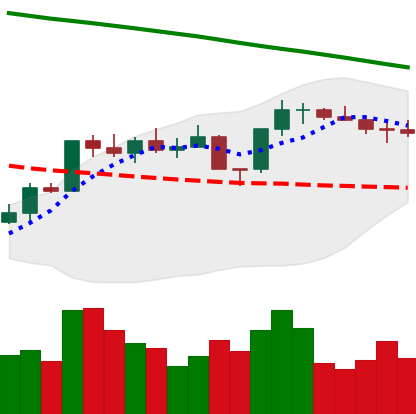
Ticker: ETH-USD
Chart end date: 2022-08-03
Forward return: 9.676%
Label: up_7plus